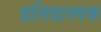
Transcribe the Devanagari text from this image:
प्रतियाश्पक